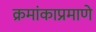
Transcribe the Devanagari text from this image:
क्रमांकाप्रमाणे